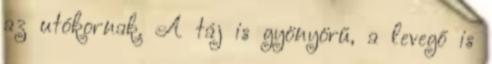
az utókornak. A táj is gyönyörű, a levegő is